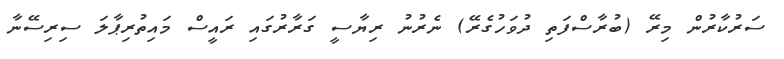
ސަރުކާރުން މިރޭ (ބުރާސްފަތި ދުވަހުގެރޭ) ނެރުނު ރިޔާސީ ގަރާރުގައި ރައީސް މައިތުރިޕާލަ ސިރިސޭނާ